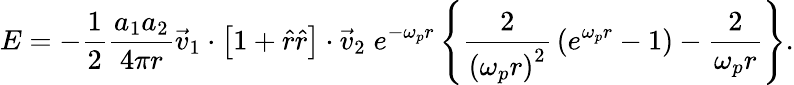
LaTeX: E=-{\frac{1}{2}}{\frac{a_{1}a_{2}}{4\pi r}}{\vec{v}}_{1}\cdot\left[1+{\hat{r}}{\hat{r}}\right]\cdot{\vec{v}}_{2}\; e^{-\omega_{p}r}\left\{ {\frac{2}{\left(\omega_{p}r\right)^{2}}}\left(e^{\omega_{p}r}-1\right)-{\frac{2}{\omega_{p}r}}\right\} .